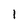
Character: l